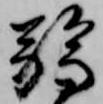
弱